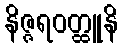
နိဇ္ဇရဝတ္ထူနိ